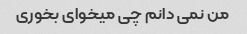
من نمی دانم چی میخوای بخوری